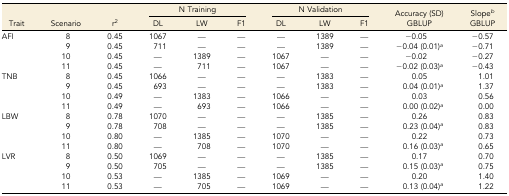
<table><thead><tr><td></td><td></td><td></td><td colspan="3"><b>N Training</b></td><td colspan="3"><b>N Validation</b></td><td><b>Accuracy (SD)</b></td><td><b>Slope<i><sup>b</sup></i></b></td></tr><tr><td><b>Trait</b></td><td><b>Scenario</b></td><td><b>r<sup>2</sup></b></td><td><b>DL</b></td><td><b>LW</b></td><td><b>F1</b></td><td><b>DL</b></td><td><b>LW</b></td><td><b>F1</b></td><td><b>GBLUP</b></td><td><b>GBLUP</b></td></tr></thead><tbody><tr><td rowspan="4">AFI</td><td>8</td><td>0.45</td><td>1067</td><td>—</td><td>—</td><td>—</td><td>1389</td><td>—</td><td>−0.05</td><td>−0.57</td></tr><tr><td>9</td><td>0.45</td><td>711</td><td>—</td><td>—</td><td>—</td><td>1389</td><td>—</td><td>−0.04 (0.01)<i><sup>a</sup></i></td><td>−0.71</td></tr><tr><td>10</td><td>0.45</td><td>—</td><td>1389</td><td>—</td><td>1067</td><td>—</td><td>—</td><td>−0.02</td><td>−0.27</td></tr><tr><td>11</td><td>0.45</td><td>—</td><td>711</td><td>—</td><td>1067</td><td>—</td><td>—</td><td>−0.02 (0.03)<i><sup>a</sup></i></td><td>−0.43</td></tr><tr><td rowspan="4">TNB</td><td>8</td><td>0.45</td><td>1066</td><td>—</td><td>—</td><td>—</td><td>1383</td><td>—</td><td>0.05</td><td>1.01</td></tr><tr><td>9</td><td>0.45</td><td>693</td><td>—</td><td>—</td><td>—</td><td>1383</td><td>—</td><td>0.04 (0.01)<i><sup>a</sup></i></td><td>1.37</td></tr><tr><td>10</td><td>0.49</td><td>—</td><td>1383</td><td>—</td><td>1066</td><td>—</td><td>—</td><td>0.03</td><td>0.56</td></tr><tr><td>11</td><td>0.49</td><td>—</td><td>693</td><td>—</td><td>1066</td><td>—</td><td>—</td><td>0.00 (0.02)<i><sup>a</sup></i></td><td>0.00</td></tr><tr><td rowspan="4">LBW</td><td>8</td><td>0.78</td><td>1070</td><td>—</td><td>—</td><td>—</td><td>1385</td><td>—</td><td>0.26</td><td>0.83</td></tr><tr><td>9</td><td>0.78</td><td>708</td><td>—</td><td>—</td><td>—</td><td>1385</td><td>—</td><td>0.23 (0.04)<i><sup>a</sup></i></td><td>0.83</td></tr><tr><td>10</td><td>0.80</td><td>—</td><td>1385</td><td>—</td><td>1070</td><td>—</td><td>—</td><td>0.22</td><td>0.73</td></tr><tr><td>11</td><td>0.80</td><td>—</td><td>708</td><td>—</td><td>1070</td><td>—</td><td>—</td><td>0.16 (0.03)<i><sup>a</sup></i></td><td>0.65</td></tr><tr><td rowspan="4">LVR</td><td>8</td><td>0.50</td><td>1069</td><td>—</td><td>—</td><td>—</td><td>1385</td><td>—</td><td>0.17</td><td>0.70</td></tr><tr><td>9</td><td>0.50</td><td>705</td><td>—</td><td>—</td><td>—</td><td>1385</td><td>—</td><td>0.15 (0.03)<i><sup>a</sup></i></td><td>0.75</td></tr><tr><td>10</td><td>0.53</td><td>—</td><td>1385</td><td>—</td><td>1069</td><td>—</td><td>—</td><td>0.20</td><td>1.40</td></tr><tr><td>11</td><td>0.53</td><td>—</td><td>705</td><td>—</td><td>1069</td><td>—</td><td>—</td><td>0.13 (0.04)<i><sup>a</sup></i></td><td>1.22</td></tr></tbody></table>